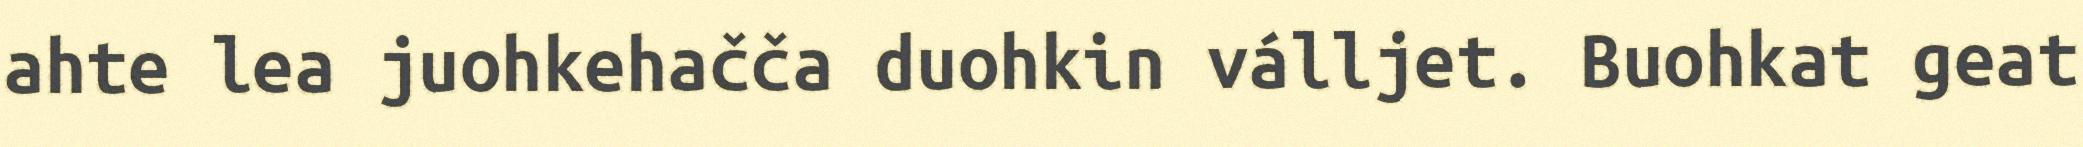
ahte lea juohkehačča duohkin válljet. Buohkat geat